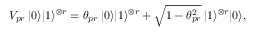
\begin{array} { r } { V _ { p r } \: | 0 \rangle | 1 \rangle ^ { \otimes r } = \theta _ { p r } \: | 0 \rangle | 1 \rangle ^ { \otimes r } + \sqrt { 1 - \theta _ { p r } ^ { 2 } } \: | 1 \rangle ^ { \otimes r } | { 0 } \rangle , } \end{array}